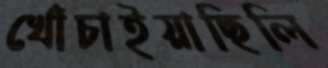
খোঁচাইয়াছিলি